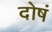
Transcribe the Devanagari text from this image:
दोषं